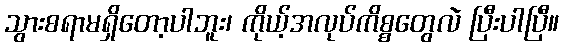
သွားစရာမရှိတော့ပါဘူး၊ ကိုယ့်အလုပ်ကိစ္စတွေလဲ ပြီးပါပြီ။